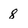
Character: 8